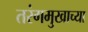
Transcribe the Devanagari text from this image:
तरंगमुखाच्या